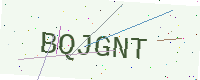
Text: BQJGNT